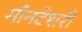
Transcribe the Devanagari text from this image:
मौनटेशरी